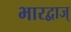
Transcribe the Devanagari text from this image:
भारद्वाज्